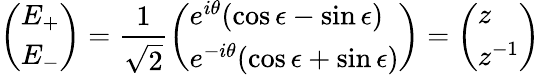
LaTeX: \left(\begin{array}{l}{E_{+}}\\ {E_{-}}\end{array}\right)=\frac{1}{\sqrt{2}}\left(\begin{array}{l}{e^{i\theta}(\cos\epsilon-\sin\epsilon)}\\ {e^{-i\theta}(\cos\epsilon+\sin\epsilon)}\end{array}\right)=\left(\begin{array}{l}{z}\\ {z^{-1}}\end{array}\right)\,